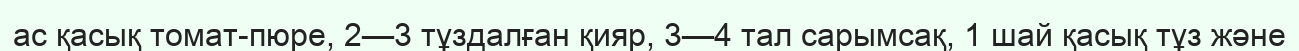
ас қасық томат-пюре, 2—3 тұздалған қияр, 3—4 тал сарымсақ, 1 шай қасық тұз және